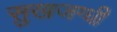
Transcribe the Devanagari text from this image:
सुखजग्धी